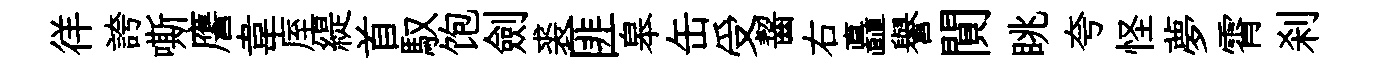
徉誇嘶譍韋厔緹首馭饱劍裘匪皋缶受齧右矗譽閴眺夸怪夢霄刹